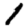
Digit: 1